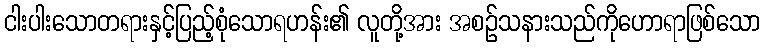
ငါးပါးသောတရားနှင့်ပြည့်စုံသောရဟန်း၏ လူတို့အား အစဉ်သနားသည်ကိုဟောရာဖြစ်သော